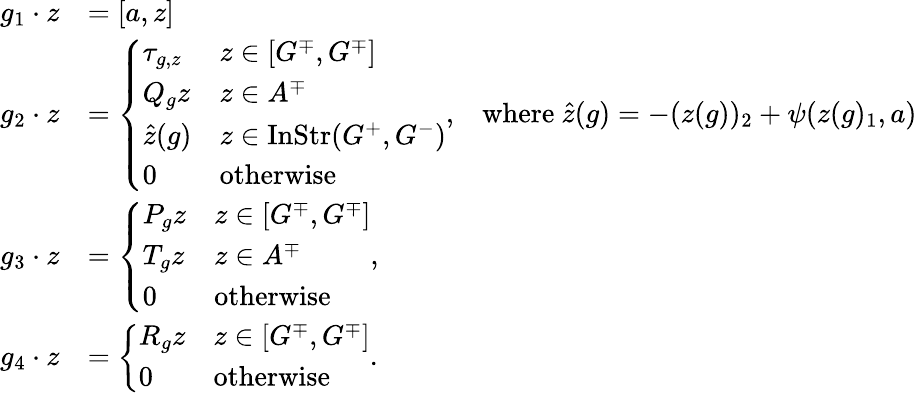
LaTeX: \begin{array}{rlr}{g_{1}\cdot z}&{=[a,z]}\\ {g_{2}\cdot z}&{=\left\{ \begin{array}{ll}{\tau_{g,z}}&{z\in[G^{\mp},G^{\mp}]}\\ {Q_{g}z}&{z\in A^{\mp}}\\ {\hat{z}(g)}&{z\in\mathrm{InStr}(G^{+},G^{-})}\\ {0}&{\mathrm{otherwise}}\end{array}\right.,}&{\mathrm{where~}\hat{z}(g)=-(z(g))_{2}+\psi(z(g)_{1},a)}\\ {g_{3}\cdot z}&{=\left\{ \begin{array}{ll}{P_{g}z}&{z\in[G^{\mp},G^{\mp}]}\\ {T_{g}z}&{z\in A^{\mp}}\\ {0}&{\mathrm{otherwise}}\end{array}\right.,}\\ {g_{4}\cdot z}&{=\left\{ \begin{array}{ll}{R_{g}z}&{z\in[G^{\mp},G^{\mp}]}\\ {0}&{\mathrm{otherwise}}\end{array}\right..}\end{array}